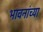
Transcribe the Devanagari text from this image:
भावनांच्या